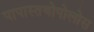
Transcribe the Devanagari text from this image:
पापास्तथोपोलोस